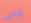
غالى